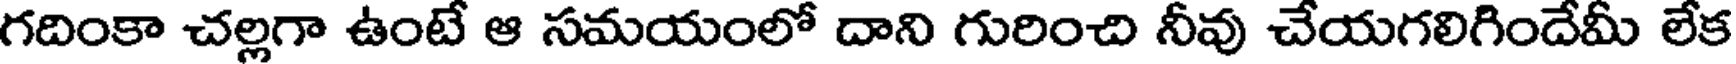
గదింకా చల్లగా ఉంటే ఆ సమయంలో దాని గురించి నీవు చేయగలిగిందేమీ లేక